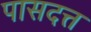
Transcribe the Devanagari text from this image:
पासदत्त